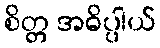
စိတ္တ အဓိပ္ပါယ်